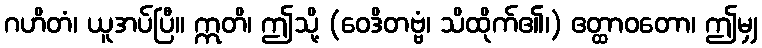
ဂဟိတံ၊ ယူအပ်ပြီ။ ဣတိ၊ ဤသို့ (ဝေဒိတဗ္ဗံ၊ သိထိုက်၏၊) ဧတ္ထာဝတော၊ ဤမျှ